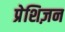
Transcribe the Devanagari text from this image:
प्रेशिज़न